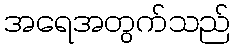
အရေအတွက်သည်